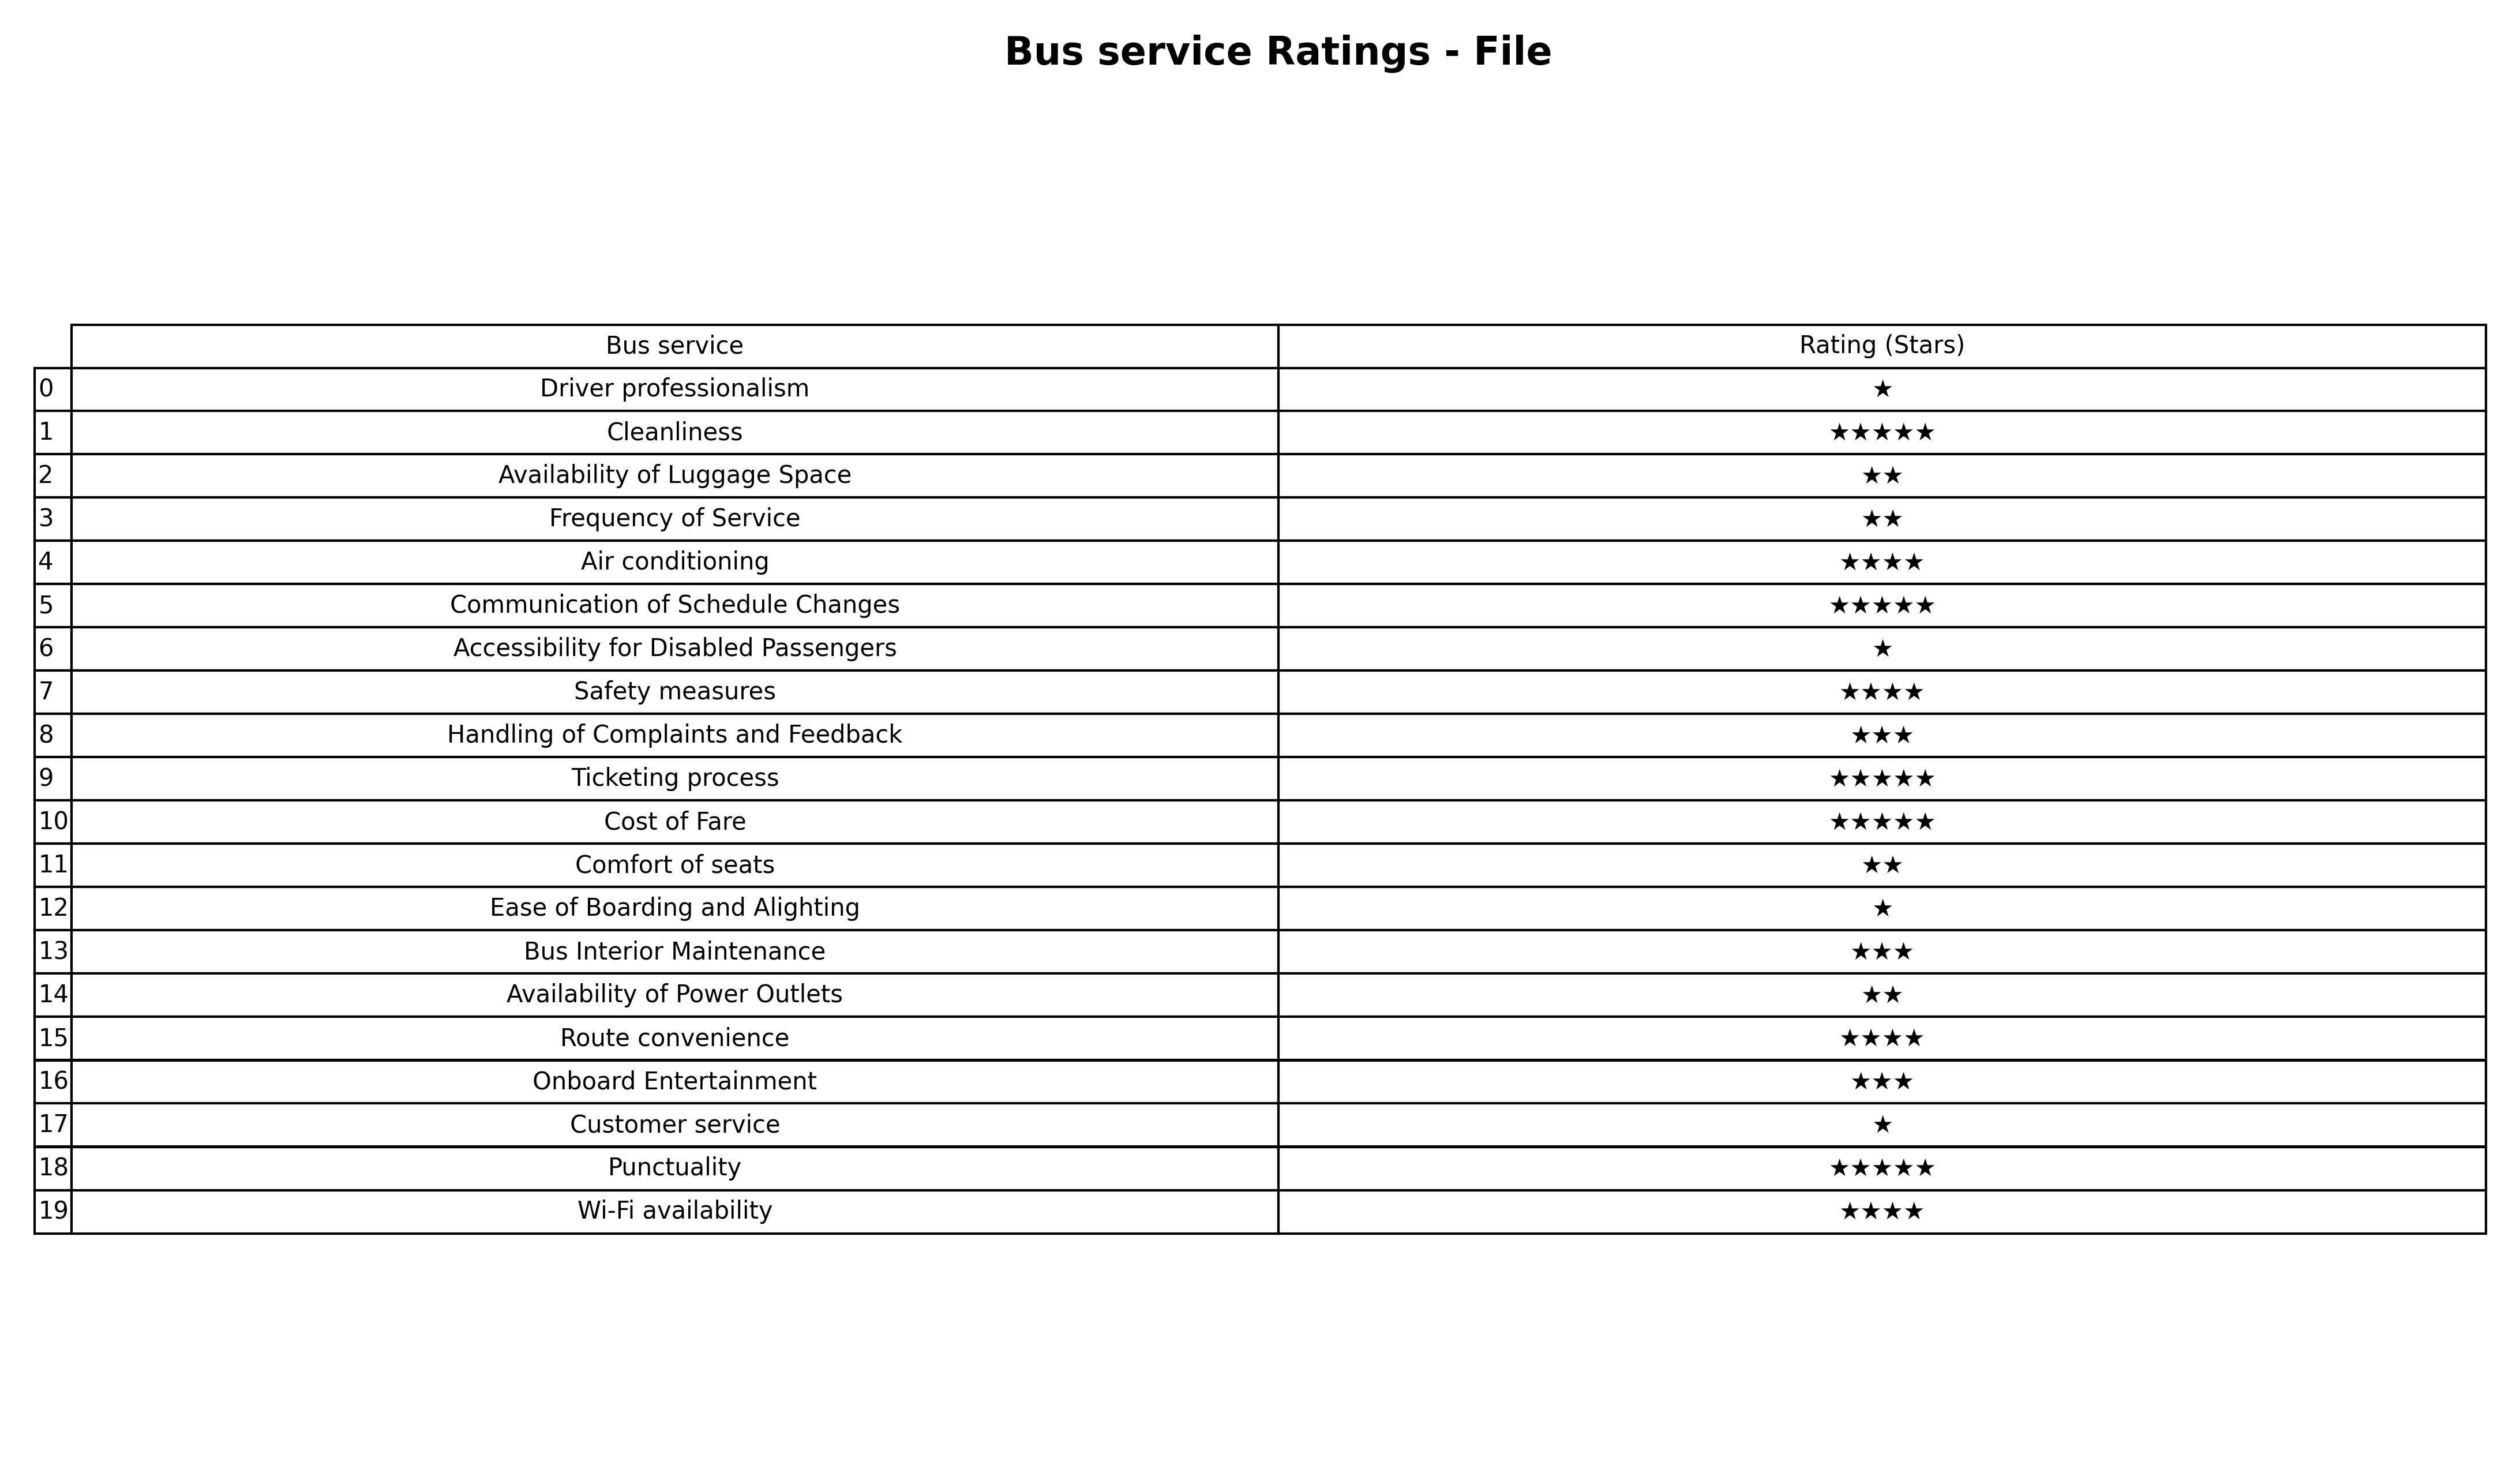
question: What are five star services?
answer: CleanlinessCommunication of Schedule ChangesTicketing processCost of FarePunctuality